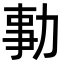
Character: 𠡯